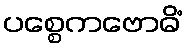
ပစ္စေကဗောဓိံ